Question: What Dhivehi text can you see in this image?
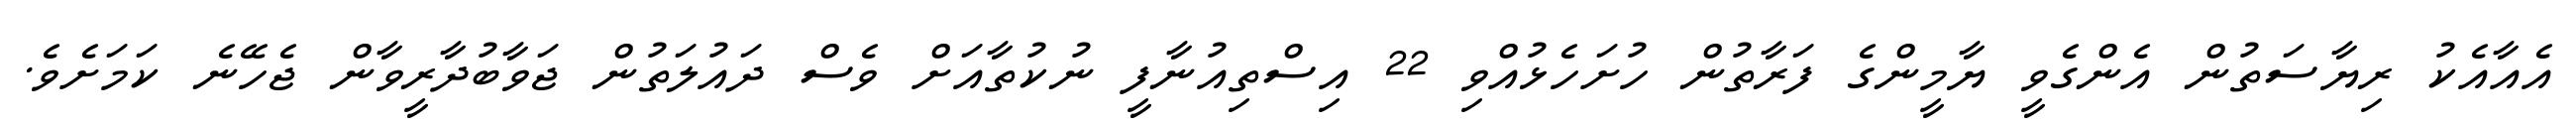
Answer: އެއާއެކު ރިޔާސަތުން އެންގެވީ ޔާމީންގެ ފަރާތުން ހުށަހެޅުއްވި 22 އިސްތިއުނާފީ ނުކުތާއަށް ވެސް ދައުލަތުން ޖަވާބުދާރީވާން ޖެހޭނެ ކަމަށެވެ.